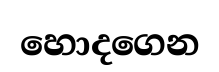
හොදගෙන